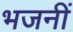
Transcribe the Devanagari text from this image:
भजनीं